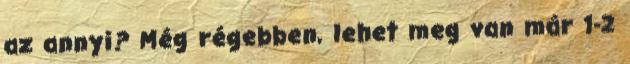
az annyi? Még régebben, lehet meg van már 1-2